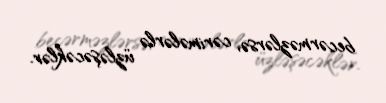
becərməzlərsə, cərimələrlə üzləşəcəklər.